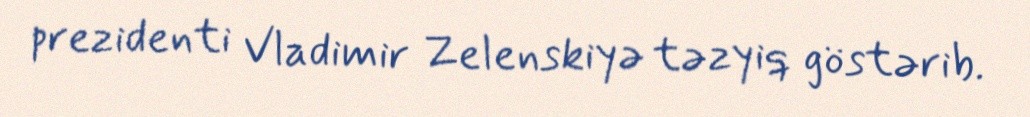
prezidenti Vladimir Zelenskiyə təzyiq göstərib.